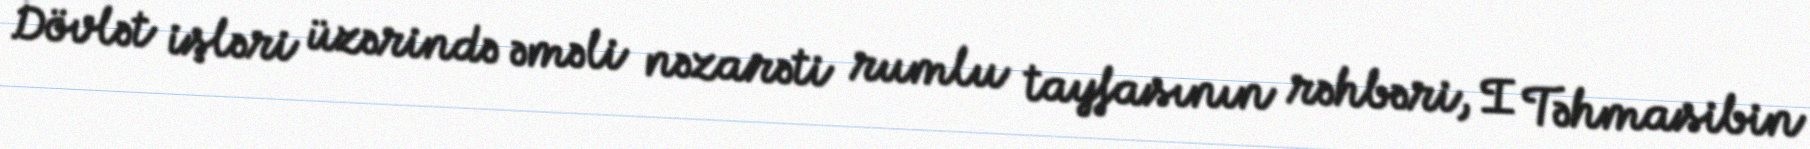
Dövlət işləri üzərində əməli nəzarəti rumlu tayfasının rəhbəri, I Təhmasibin